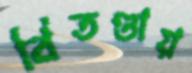
বিতণ্ডায়